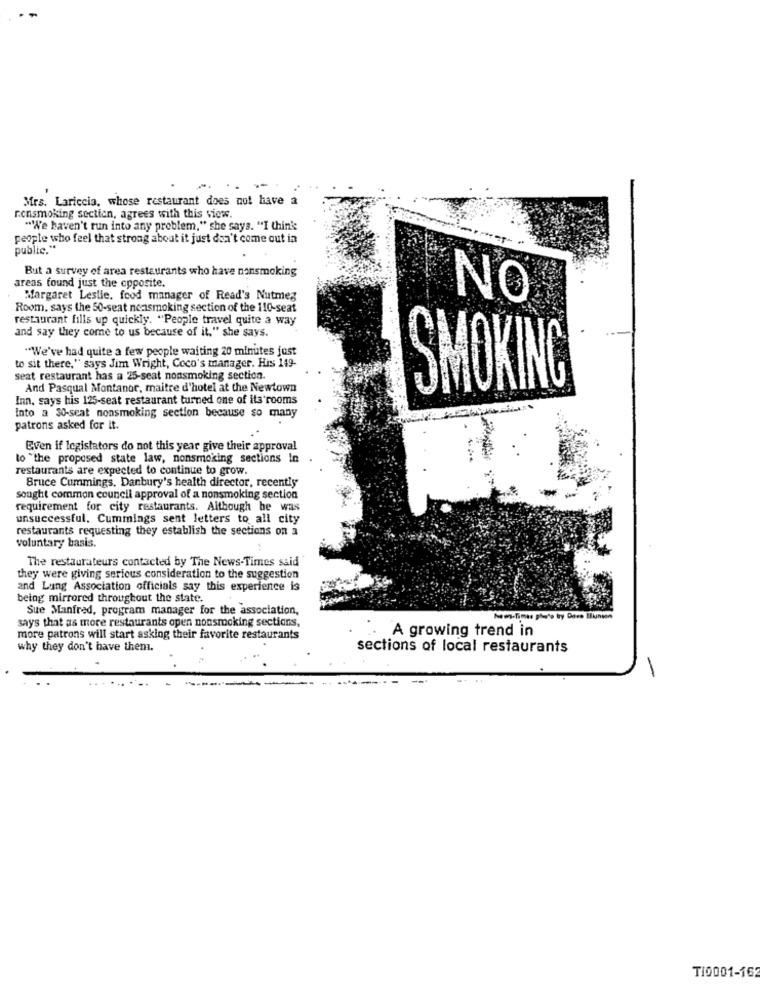
Mrs. Lariccia, whose restaurant does not have a
rensmoking section, agrees with this view.
""We haven't run into any problem," she says. "I think
people who feel that strong about it just don't come out in
public."
But a survey of area restaurants who have nonsmoking
areas found just the opposite.
Margaret Leslie, food manager of Read's Nutmeg
NO
Room. says the 50-seat nonsmoking section of the 110-seat
restaurant fills up quickly. "People travel quite a way
and say they come to us because of it." she says.
"We've had quite a few people waiting 20 minutes just
to sit there," says Jim Wright, Coco's manager. His 149-
seat restaurant has a 25-seat nonsmoking section.
And Pasqual Montanor, maitre d'hotel at the Newtown
SMOKING
Inn, says his 125-seat restaurant turned one of its'rooms
Into a 30-seat nonsmoking section because so many
patrons asked for it.
Even if legislators do not this year give their approval
to "the proposed state law, nonsmoking sections In
restaurants are expected to continue to grow.
Bruce Cummings, Danbury's health director, recently
sought common council approval of a nonsmoking section
requirement for city restaurants. Although he was
unsuccessful. Cummings sent letters to all city
restaurants requesting they establish the sections on a
voluntary basis.
The restaurateurs contacted by The News-Times said
they were giving serious consideration to the suggestion
and Lung Association officials say this experience is
being mirrored throughout the state.
Sue Manfred, program manager for the association,
says that as more restaurants open nonsmoking sections,
A growing trend in
more patrons will start asking their favorite restaurants
why they don't have them.
sections of local restaurants
TI0001-162